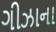
ગીઝાના